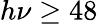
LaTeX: h\nu\geq 48